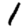
Digit: 1